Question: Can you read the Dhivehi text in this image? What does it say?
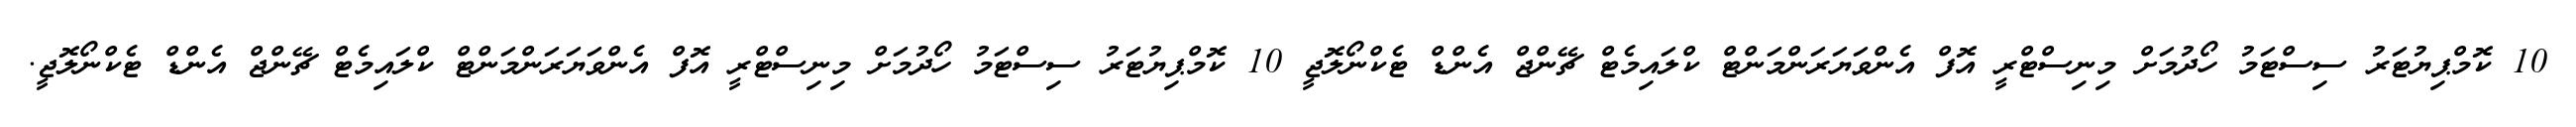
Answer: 10 ކޮމްޕިޔުޓަރު ސިސްޓަމު ހޯދުމަށް މިނިސްޓްރީ އޮފް އެންވަޔަރަންމަންޓް ކްލައިމެޓް ޗޭންޖް އެންޑް ޓެކްނޯލޮޖީ 10 ކޮމްޕިޔުޓަރު ސިސްޓަމު ހޯދުމަށް މިނިސްޓްރީ އޮފް އެންވަޔަރަންމަންޓް ކްލައިމެޓް ޗޭންޖް އެންޑް ޓެކްނޯލޮޖީ.